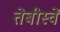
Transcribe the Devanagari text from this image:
तेबीस्वें